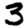
Digit: 3